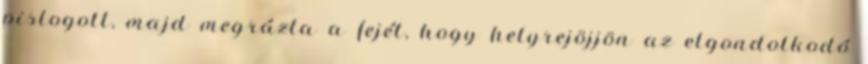
pislogott, majd megrázta a fejét, hogy helyrejöjjön az elgondolkodó